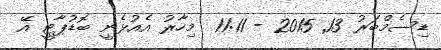
ޑިސެމްބަރު 13